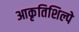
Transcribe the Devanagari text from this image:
आकृतिशिल्पे